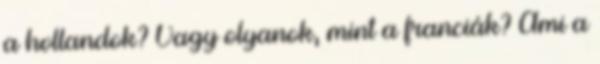
a hollandok? Vagy olyanok, mint a franciák? Ami a